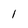
Character: l